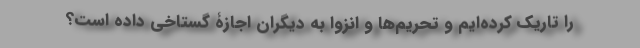
را تاریک کرده‌ایم و تحریم‌ها و انزوا به دیگران اجازۀ گستاخی داده است؟